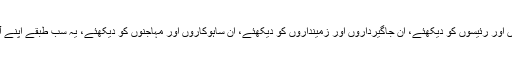
ان برہمنوں اور پیروں کو دیکھئے، ان نوابوں اور رئیسوں کو دیکھئے، ان جاگیرداروں اور زمینداروں کو دیکھئے، ان ساہوکاروں اور مہاجنوں کو دیکھئے، یہ سب طبقے اپنے آپ کو عام انسانوں سے بالاتر سمجھتے ہیں۔